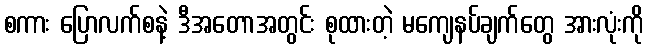
စကား ပြောလက်စနဲ့ ဒီအတောအတွင်း စုထားတဲ့ မကျေနပ်ချက်တွေ အားလုံးကို